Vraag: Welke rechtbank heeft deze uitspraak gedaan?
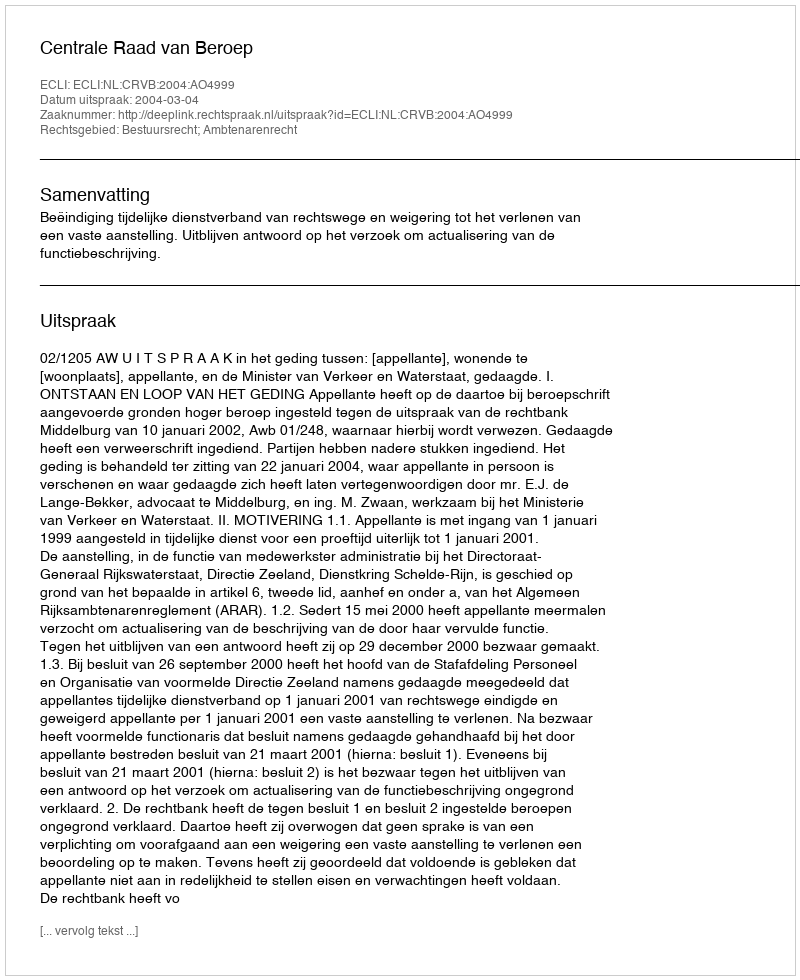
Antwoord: Centrale Raad van Beroep